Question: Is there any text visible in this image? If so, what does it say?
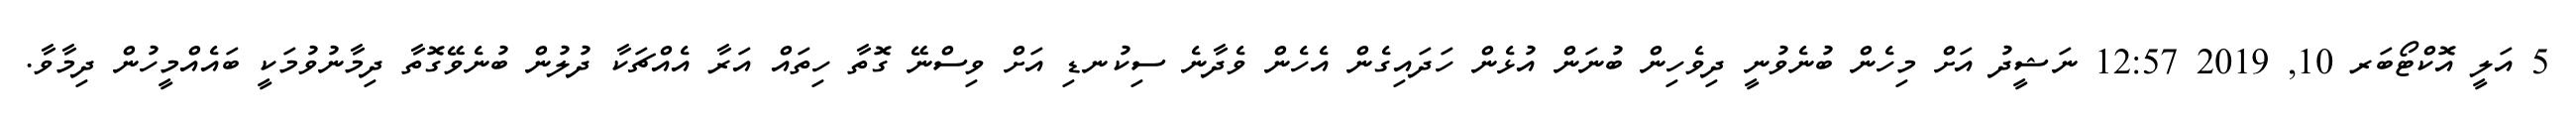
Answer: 5 އަލީ އޮކްޓޯބަރ 10, 2019 12:57 ނަޝީދު އަށް މިހެން ބުނެވުނީ ދިވެހިން ބުނަން އުޅެން ހަދައިގެން އެހެން ވެދާނެ ސިކުނޑި އަށް ވިސްނޭ ގޮތާ ހިތައް އަރާ އެއްޗަކާ ދުލުން ބުނެވޭގޮތާ ދިމާނުވުމަކީ ބައެއްމީހުން ދިމާވާ.